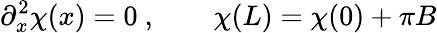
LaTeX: \partial_{x}^{2}\chi(x)=0\ ,\qquad\chi(L)=\chi(0)+\pi B